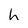
Character: h